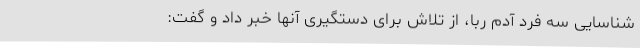
شناسایی سه فرد آدم ربا، از تلاش برای دستگیری آنها خبر داد و گفت: